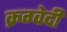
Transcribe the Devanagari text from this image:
क्रग्वेदी